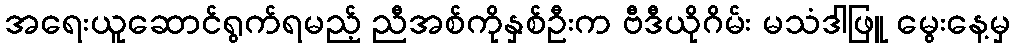
အရေးယူဆောင်ရွက်ရမည့် ညီအစ်ကိုနှစ်ဦးက ဗီဒီယိုဂိမ်း မသံဒါဖြူ မွေးနေ့မှ